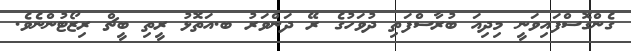
ގެންގޮސްފައިވަނީ މިދިއަ ބުރާސްފަތި ދުވަހުގެ ރޭ ދަންވަރު ބ.އަތޮޅު ރީތި ބީޗް ރިޒޯޓުންނެވެ.